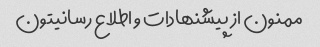
ممنون از پیشنهادات و اطلاع رسانیتون